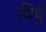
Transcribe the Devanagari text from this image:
विधुं